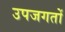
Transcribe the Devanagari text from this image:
उपजगतों